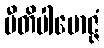
ပီတိပါမောဇ္ဇံ